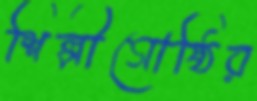
শিল্পীগোষ্ঠির